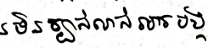
មិនច្បាស់លាស់អ្នកបង្ក